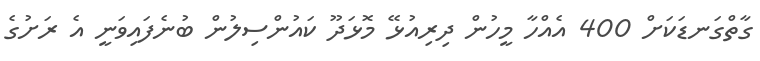
ގާތްގަނޑަކަށް 400 އެއްހާ މީހުން ދިރިއުޅޭ މޮޅަދޫ ކައުންސިލުން ބުނެފައިވަނީ އެ ރަށުގެ